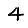
Digit: 4